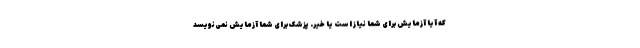
که آیا آزمایش برای شما نیاز است یا خیر. پزشک برای شما آزمایش نمی‌نویسد